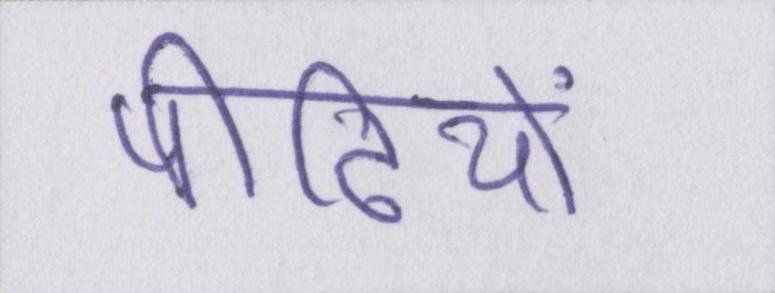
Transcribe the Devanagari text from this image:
पीढ़ियों